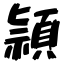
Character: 頴